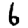
Digit: 6